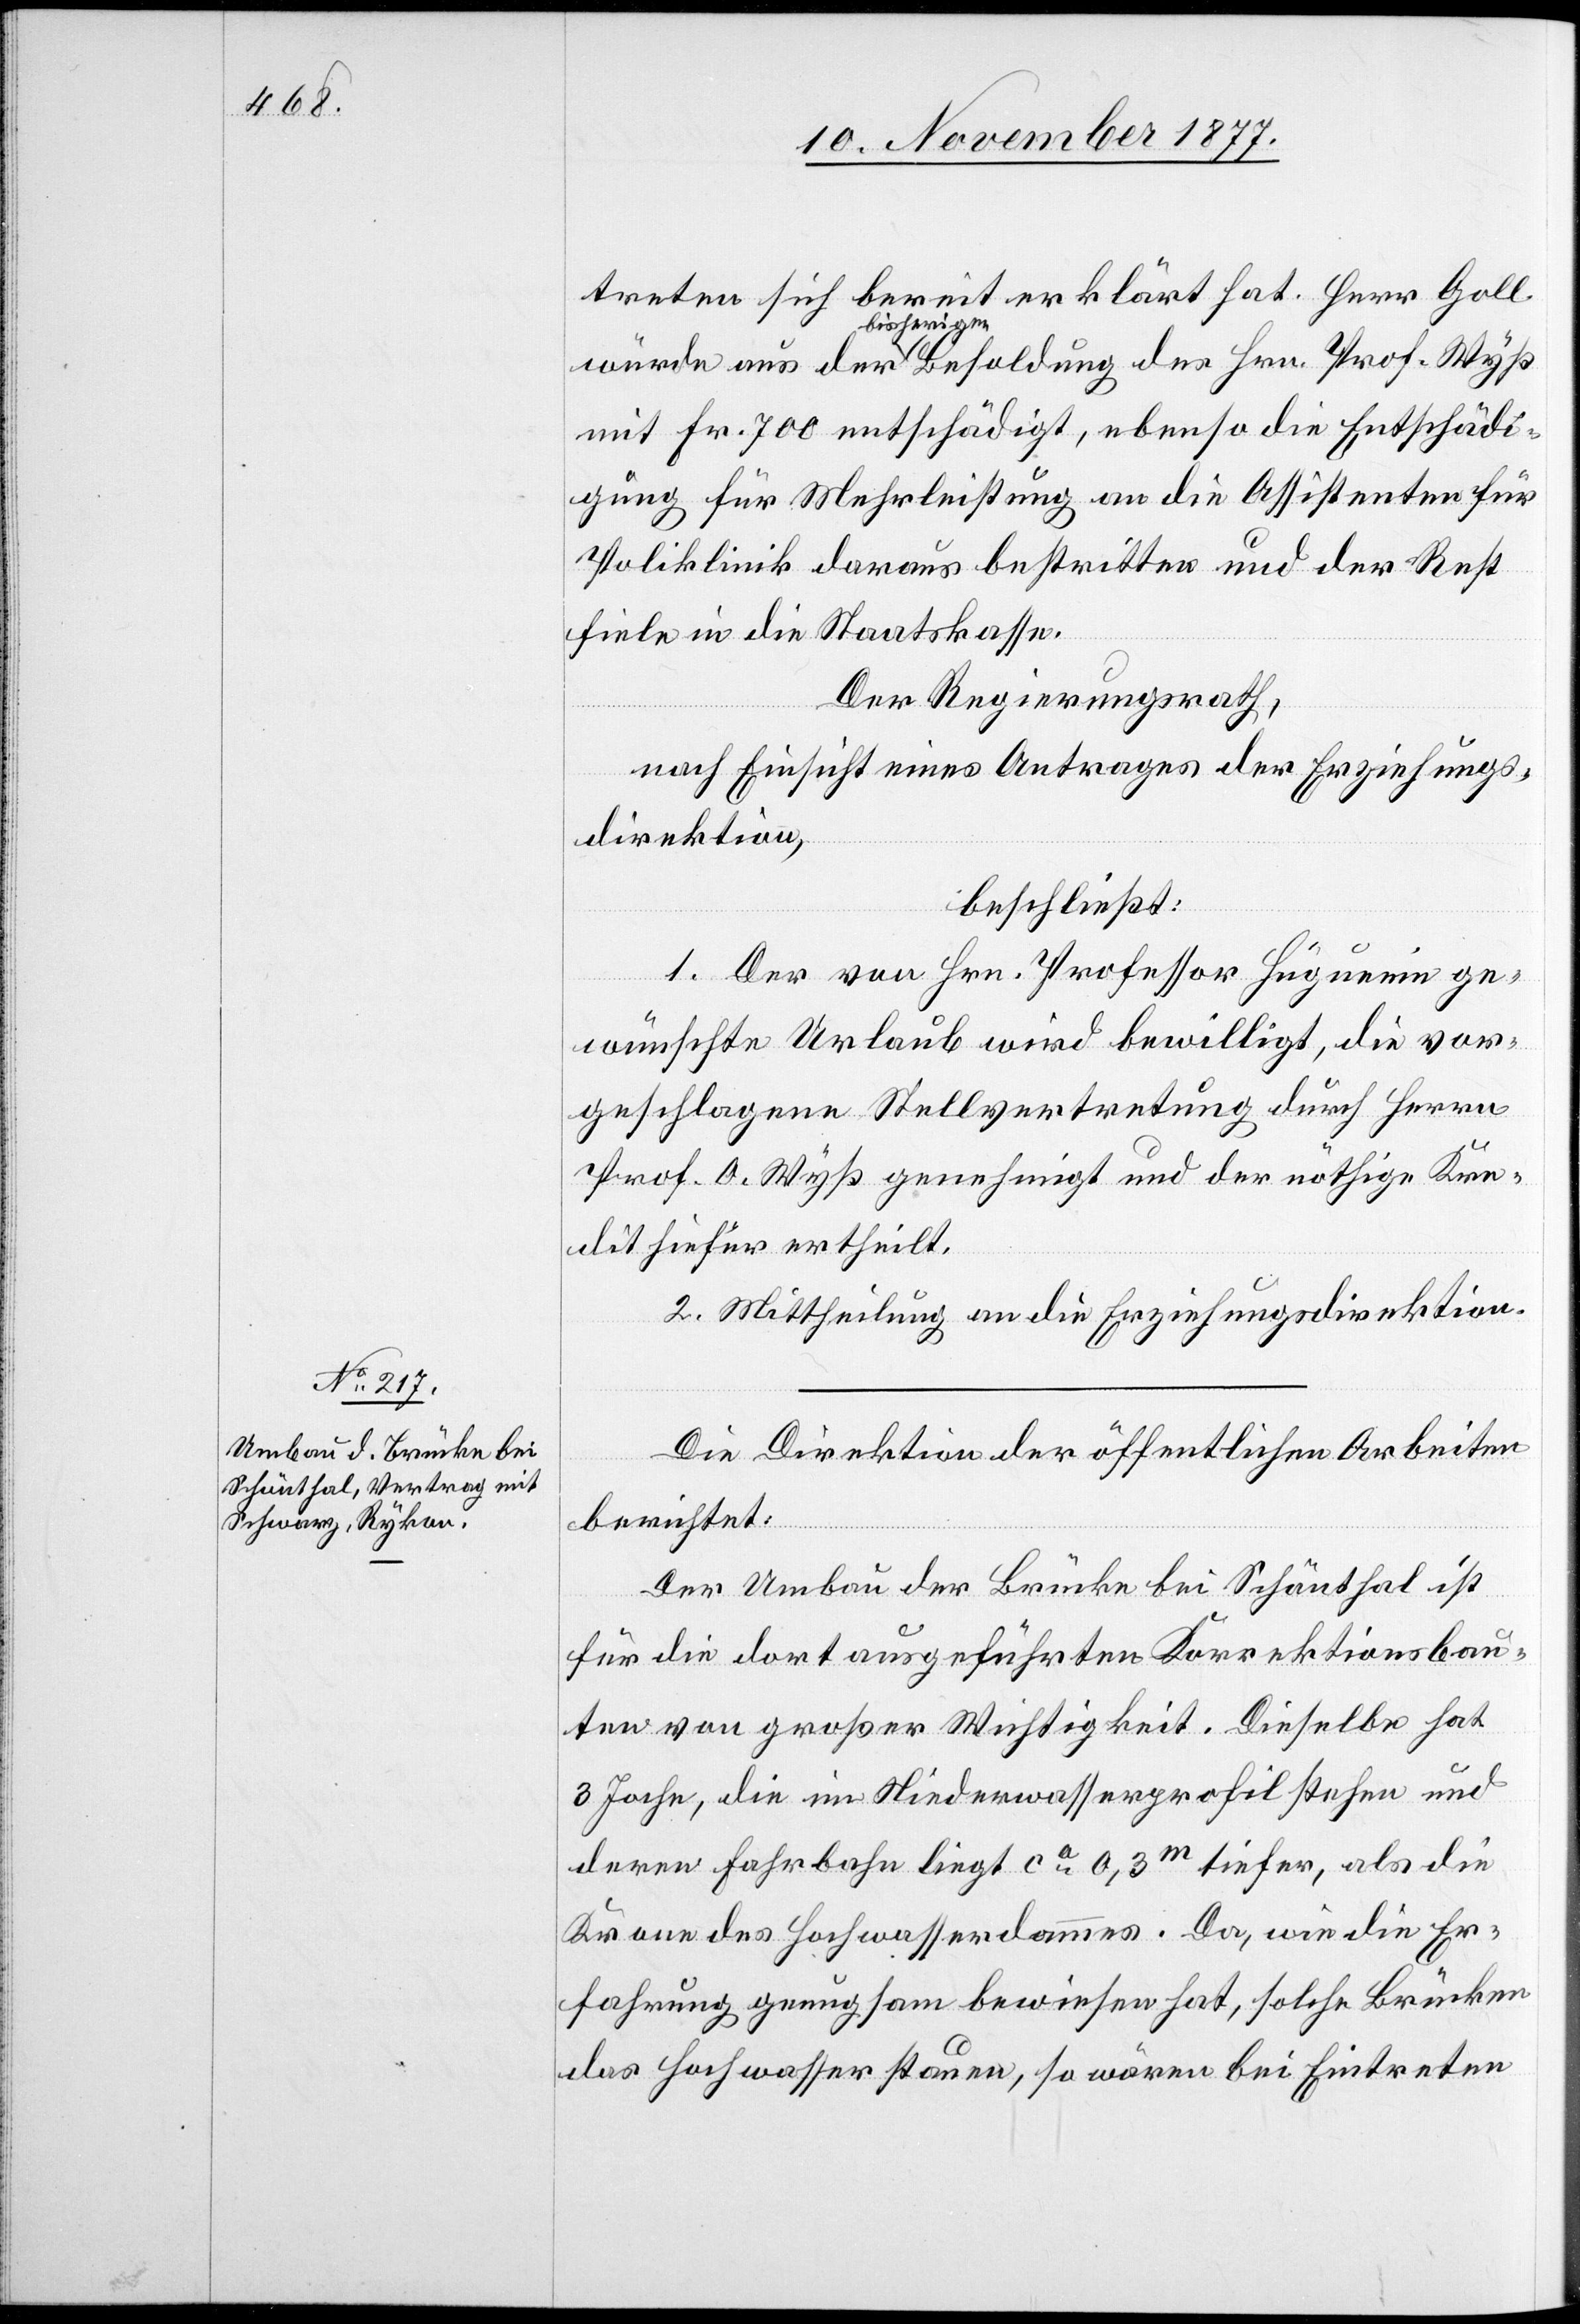
treten sich bereit erklärt hat. Herr Goll
bisherigen
mit Fr. 700 entschädigt, ebenso die Entschädi¬
gung für Mehrleistung an die Assistenten für
Poliklinik daraus bestritten und der Rest
fiele in die Staatskasse.
Der Regierungsrath,
nach Einsicht eines Antrages der Erziehungs¬
direktion,
beschließt:
dung
Prof.
1. Der von Hrn. Professor Hüguenin ge¬
wünschte Urlaub wird bewilligt, die vor¬
geschlagene Stellvertretung durch Herrn
Prof. O. Wyß genehmigt und der nöthige Kre¬
dit hiefür ertheilt.
2. Mittheilung an die Erziehungsdirektion.
Die Direktion der öffentlichen Arbeiten
berichtet:
Hrn.
Der Umbau der Brücke bei Schönthal ist
für die dort ausgeführten Korrektionsbau¬
ten von großer Wichtigkeit. Dieselbe hat
3 Joche, die im Niederwasserprofil stehen und
deren Fahrbahn liegt ca 0,3m tiefer, als die
Krone des Hochwasserdammes. Da, wie die Er¬
fahrung genugsam bewiesen hat, solche Brücken
das Hochwasser stauen, so wären bei Eintreten